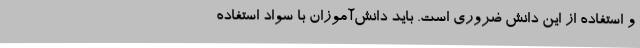
و استفاده از این دانش ضروری است. باید دانش‌آموزان با سواد استفاده